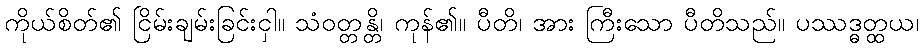
ကိုယ်စိတ်၏ ငြိမ်းချမ်းခြင်းငှါ။ သံဝတ္တန္တိ၊ ကုန်၏။ ပီတိ၊ အား ကြီးသော ပီတိသည်။ ပဿဒ္ဓတ္ထယ၊